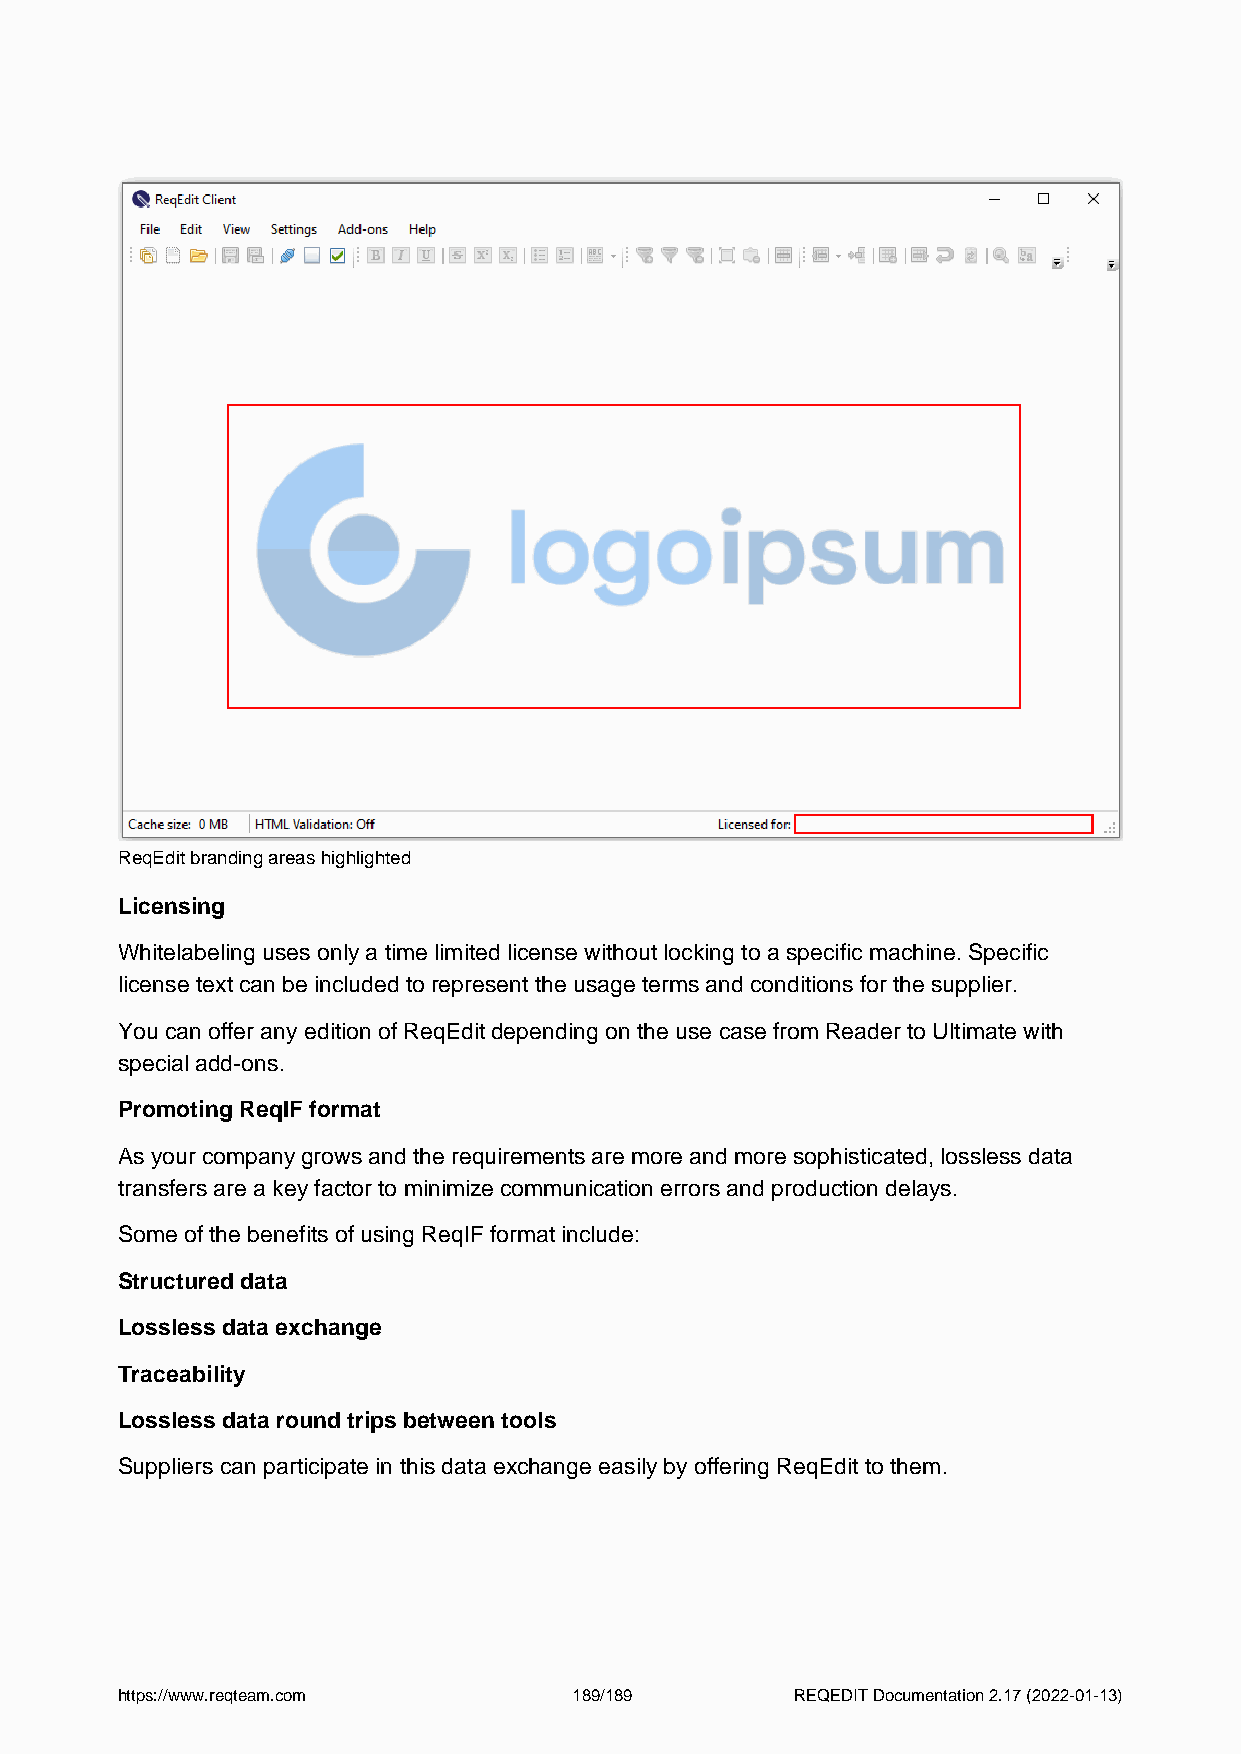
ReqEdit branding areas highlighted
 Licensing
 Whitelabeling uses only a time limited license without locking to a specific machine. Specific
 license text can be included to represent the usage terms and conditions for the supplier.
 You can offer any edition of ReqEdit depending on the use case from Reader to Ultimate with
 special add-ons.
 Promoting ReqIF format
 As your company grows and the requirements are more and more sophisticated, lossless data
 transfers are a key factor to minimize communication errors and production delays.
 Some of the benefits of using ReqIF format include:
 Structured data
 Lossless data exchange
 Traceability
 Lossless data round trips between tools
 Suppliers can participate in this data exchange easily by offering ReqEdit to them.
 https://www.reqteam.com       189/189        REQEDIT Documentation 2.17 (2022-01-13)
 Powered by TCPDF (www.tcpdf.org)